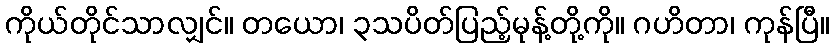
ကိုယ်တိုင်သာလျှင်။ တယော၊ ၃သပိတ်ပြည့်မုန့်တို့ကို။ ဂဟိတာ၊ ကုန်ပြီ။